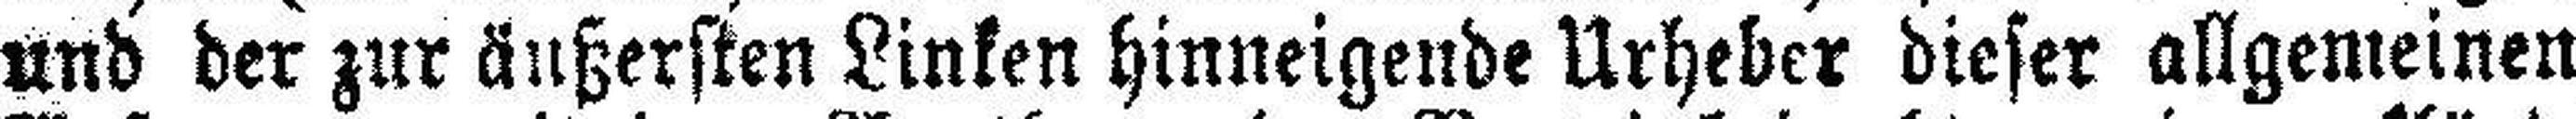
und der zur äußersten Linken hinneigende Urheber dieser allgemeinen